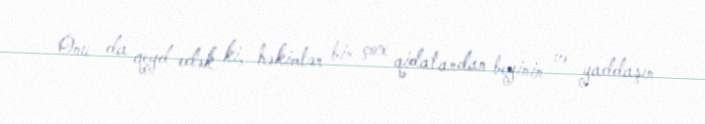
Onu da qeyd edək ki, həkimlər bir çox qidalardan beyinin və yaddaşın